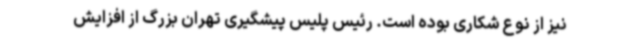
نیز از نوع شکاری بوده است. رئیس پلیس پیشگیری تهران بزرگ از افزایش